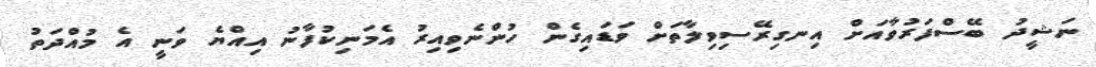
ނަޝީދު ބޭސްފަރުވާއަށް އިނގިރޭސިވިލާތަށް ވަޑައިގެން ހުންނެވިއިރު އެމަނިކުފާނު އިއްޔެ ވަނީ އެ މުއްދަތު